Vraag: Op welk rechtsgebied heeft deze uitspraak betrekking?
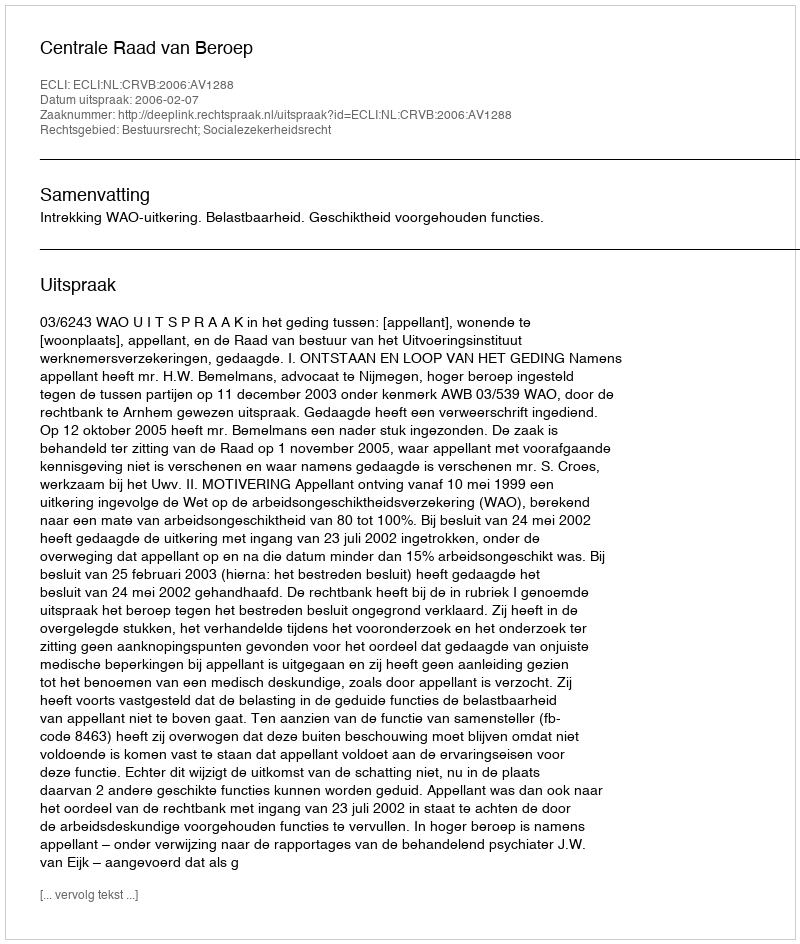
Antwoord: Bestuursrecht; Socialezekerheidsrecht